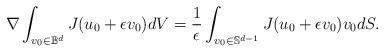
LaTeX: \begin{align*}\nabla\int_{v_{0} \in \mathbb{B}^d} J(u_{0} + \epsilon v_0)dV = \frac{1}{\epsilon}\int_{v_{0} \in \mathbb{S}^{d-1}} J(u_{0} + \epsilon v_0)v_0 dS. \end{align*}